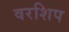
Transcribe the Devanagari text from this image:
वरशिप